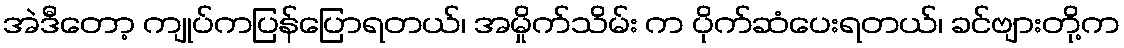
အဲဒီတော့ ကျုပ်ကပြန်ပြောရတယ်၊ အမှိုက်သိမ်း က ပိုက်ဆံပေးရတယ်၊ ခင်ဗျားတို့က